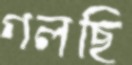
গলছি